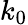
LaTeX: k_{\mathrm{0}}